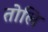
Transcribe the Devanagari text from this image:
तोलि